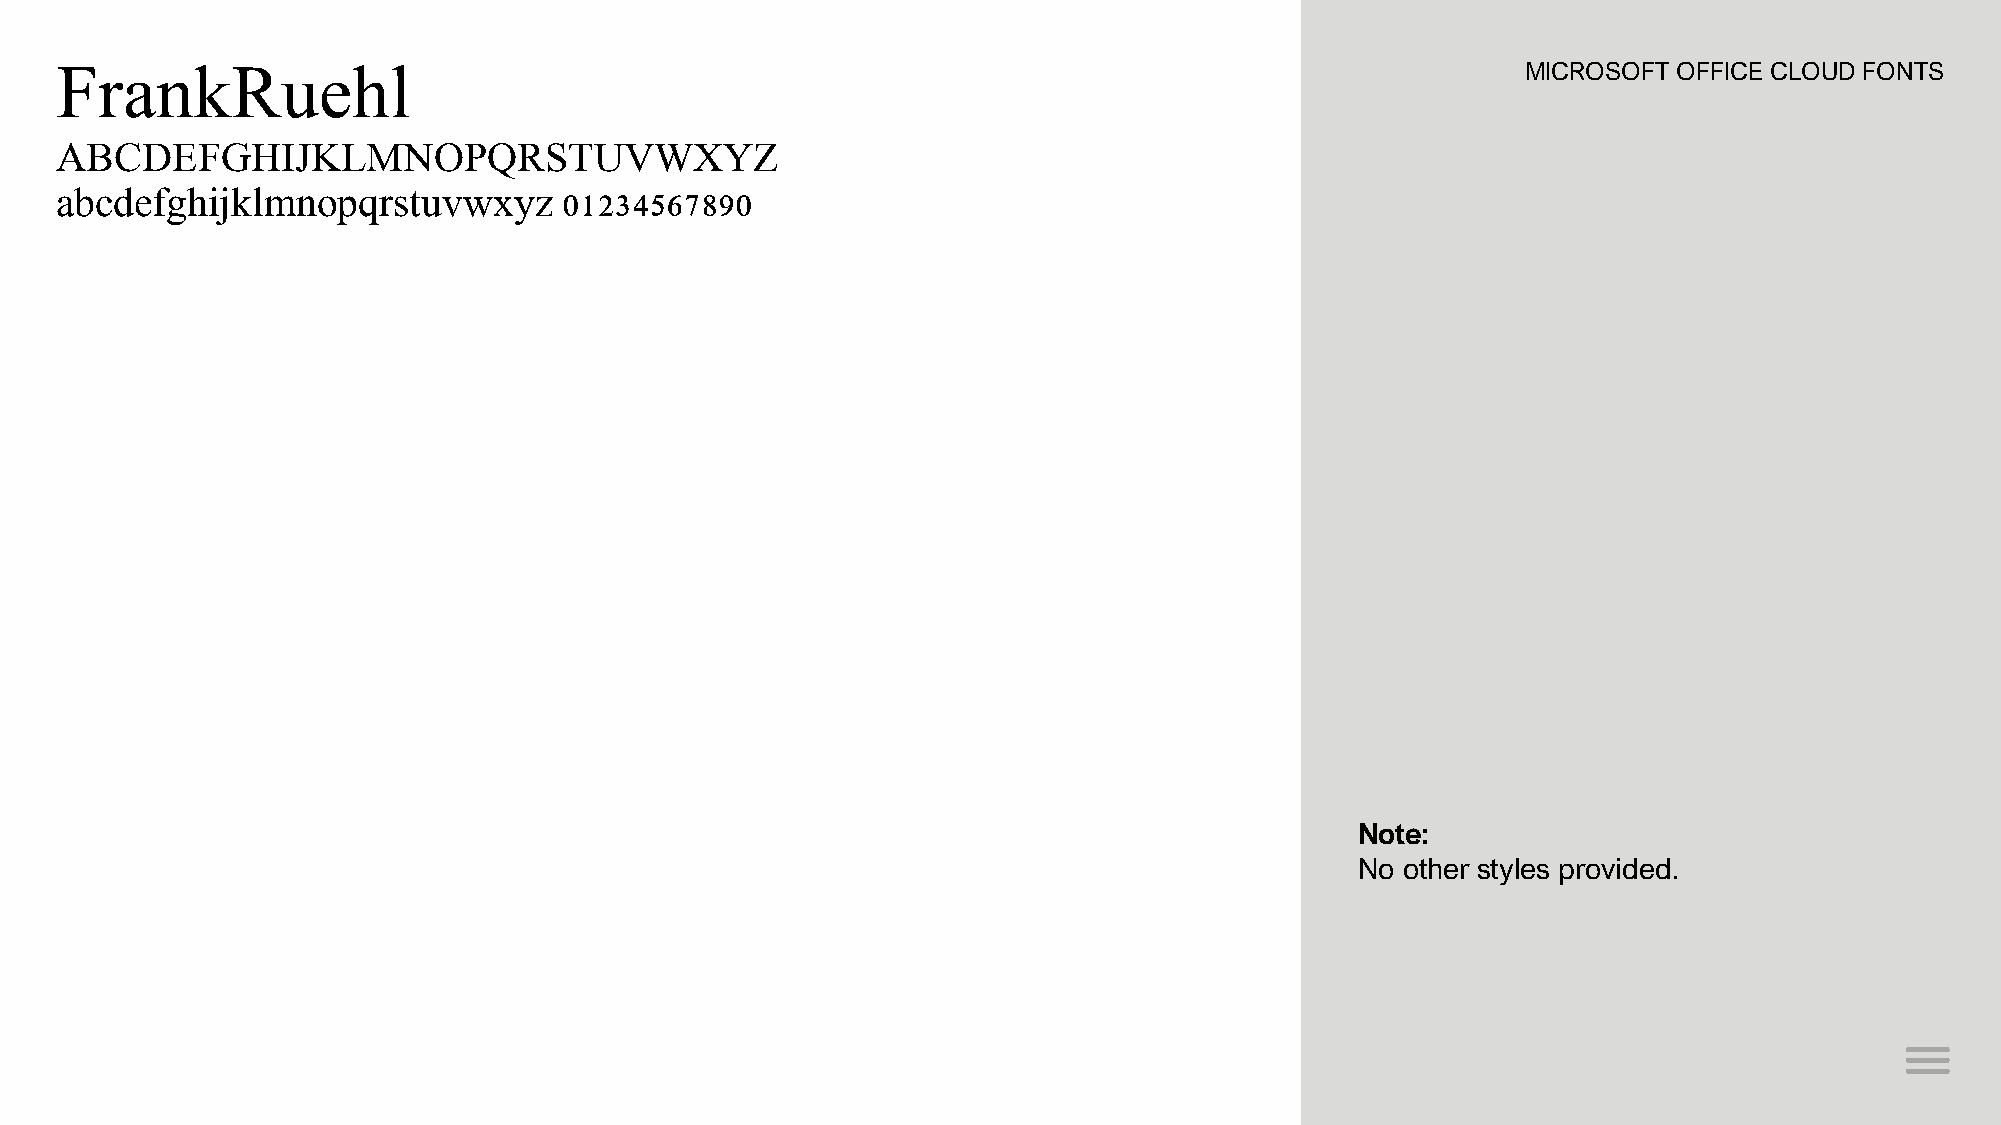
FrankRuehl                                                                                       MICROSOFT OFFICE CLOUD FONTS
 ABCDEFGHIJKLMNOPQRSTUVWXYZ
 abcdefghijklmnopqrstuvwxyz       01234567890
 Note:
 No other styles provided.